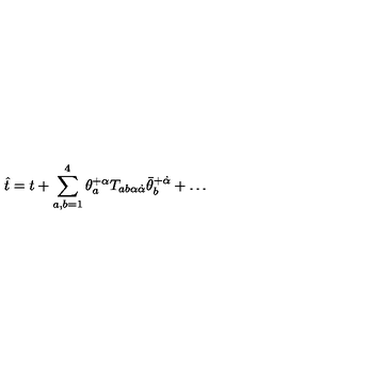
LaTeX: \hat { t } = t + \sum _ { a , b = 1 } ^ { 4 } \theta _ { a } ^ { + \alpha } T _ { a b \alpha \dot { \alpha } } \bar { \theta } _ { b } ^ { + \dot { \alpha } } + \ldots